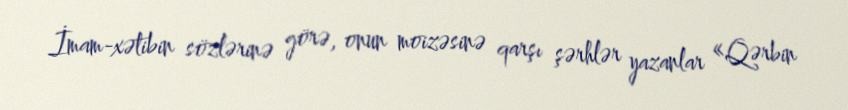
İmam-xətibin sözlərinə görə, onun moizəsinə qarşı şərhlər yazanlar «Qərbin